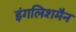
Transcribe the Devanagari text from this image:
इंगलिशमैन